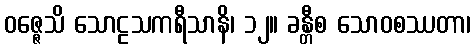
ဝဇ္ဇေသိ သောဠသကရီသာနိ၊ ၁၂။ ခန္တီစ သောဝစဿတာ၊